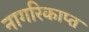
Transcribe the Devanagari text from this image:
नागरिकाप्त